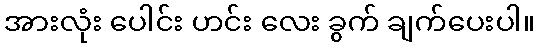
အားလုံး ပေါင်း ဟင်း လေး ခွက် ချက်ပေးပါ။